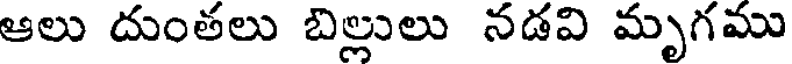
ఆలు దుంతలు బిల్లులు నడవి మృగము